Report on vaccination in Madras 1895-1903 - 1895-1903
Year: 1895
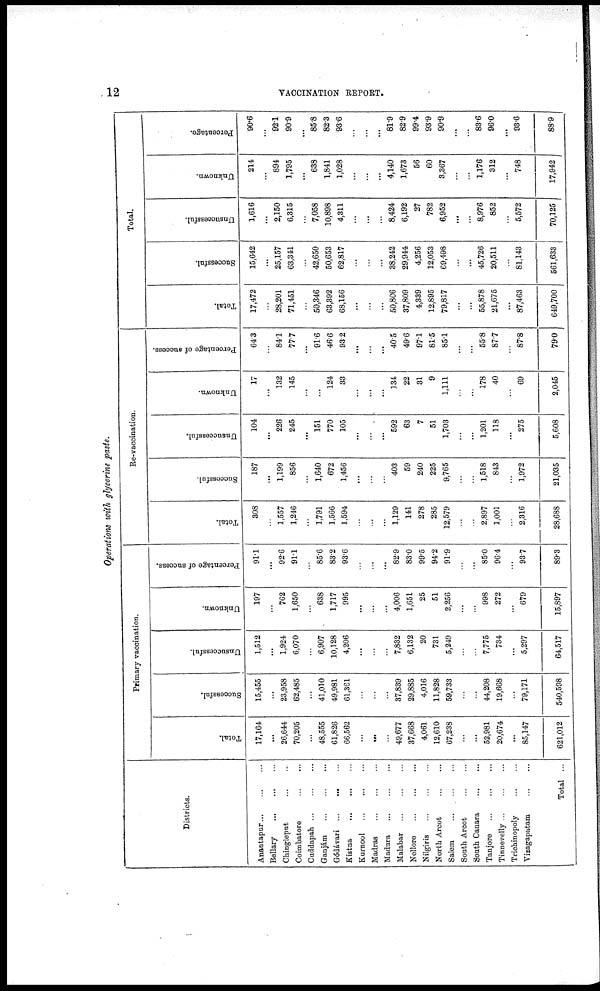
12
VACCINATION REPORT.
Operations with glycerine paste.
Districts.
Anantapur...
...
...
Bellary...
...
...
Chiagleput...
...
...
Coimbatore...
...
...
Cuddapah...
...
...
Ganjám...
...
...
Gódávari... ... ...
Kistna...
...
...
Kurnool...
...
...
Madras...
...
...
Madura... ... ...
Malabar...
...
...
Nellore...
...
...
Nilgiris...
...
...
North Arcot... ... ...
Salem...
...
...
South Arcot
...
...
South
Canara...
...
Tanjore...
...
...
Tinnevelly... ... ...
Triohinopoly...
...
...
Vizagapatam...
...
Total ...
Primary vaccination.
Total.
17,164
...
26,644
70,205
...
48,555
61,826
66,562
...
...
...
49,677
37,668
4,061
12,610
67,238
...
...
52,981
20,674
...
85,147
621,012
Successful.
15,455
...
23,958
62,485
...
41,010
49,981
61,361
...
...
...
37,839
29,885
4,016
11,828
59,733
...
...
44,208
19,668
...
79,171
540,598
Unsuccessful.
1,512
...
1,924
6,070
...
6,907
10,128
4,206
...
...
...
7,832
6,132
20
731
5,249
...
...
7,775
734
...
5,297
64,517
Unknown.
197
...
762
1,650
...
638
1,717
995
...
...
...
4,006
1,651
25
51
2,256
...
...
998
272
...
679
15,897
Percentage of success.
91.1
...
92.6
91.1
...
85.6
83.2
93.6
...
...
...
82.9
83.0
99.5
94.2
91.9
...
...
85.0
96.4
...
93.7
89.3
Re-vaccination.
Total.
308
...
1,557
1,246
...
1,791
1,566
1,594
...
...
...
1,129
141
278
285
12,579
...
...
2,897
1,001
...
2,316
28,688
Successful.
187
...
1,199
856
...
1,640
672
1,456
...
...
...
403
59
240
225
9,765
...
...
1,518
843
...
1,972
21,035
Unsuccessful.
104
...
226
245
...
151
770
105
...
...
...
592
63
7
51
1,703
...
...
1,201
118
...
275
5,608
Unknown.
17
...
132
145
...
...
124
33
...
...
...
134
22
31
9
1,111
...
...
178
40
...
69
2,045
Percentage of success.
64.3
...
84.1
77.7
...
91.6
46.6
93.2
...
...
...
40.5
49.6
97.1
81.5
85.1
...
...
55.8
87.7
...
87.8
79.0
Total.
Total.
17,472
...
28,201
71,451
...
50,346
63,392
68,156
...
...
...
50,806
37,809
4,339
12,895
79,817
...
...
55,878
21,675
...
87,463
649,700
Successful.
15,642
...
25,157
63,341
...
42,650
50,653
62,817
...
...
...
38,242
29,944
4,256
12,053
69,498
...
...
45,726
20,511
...
81,143
561,633
Unsuccessful.
1,616
...
2,150
6,315
...
7,058
10,898
4,311
...
...
...
8,424
6,192
27
782
6,952
...
...
8,976
852
...
5,572
70,125
Unknown.
214
...
894
1,795
...
638
1,841
1,028
...
...
...
4,140
1,673
56
60
3,367
...
...
1,176
312
...
748
17,942
Percentage.
90.6
...
92.1
90.9
...
85.8
82.3
93.6
...
...
...
81.9
82.9
99.4
93.9
90.9
...
...
83.6
96.0
...
93.6
88.9